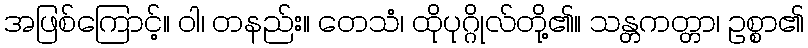
အဖြစ်ကြောင့်။ ဝါ၊ တနည်း။ တေသံ၊ ထိုပုဂ္ဂိုလ်တို့၏။ သန္တကတ္တာ၊ ဥစ္စာ၏